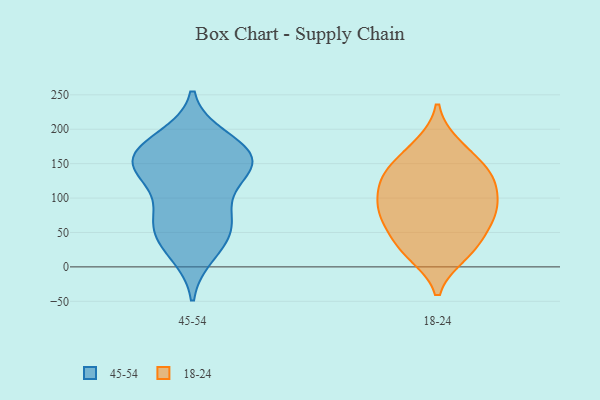
{"axis": {"x": "Churn Rate (%)", "y": "Value"}, "legend": ["18-24", "45-54"], "data": [{"x": "", "y": 73, "type": "45-54"}, {"x": "", "y": 20, "type": "45-54"}, {"x": "", "y": 160, "type": "45-54"}, {"x": "", "y": 154, "type": "45-54"}, {"x": "", "y": 133, "type": "45-54"}, {"x": "", "y": 165, "type": "45-54"}, {"x": "", "y": 176, "type": "45-54"}, {"x": "", "y": 139, "type": "45-54"}, {"x": "", "y": 133, "type": "45-54"}, {"x": "", "y": 159, "type": "45-54"}, {"x": "", "y": 81, "type": "45-54"}, {"x": "", "y": 186, "type": "45-54"}, {"x": "", "y": 60, "type": "45-54"}, {"x": "", "y": 33, "type": "45-54"}, {"x": "", "y": 53, "type": "45-54"}, {"x": "", "y": 127, "type": "18-24"}, {"x": "", "y": 82, "type": "18-24"}, {"x": "", "y": 142, "type": "18-24"}, {"x": "", "y": 18, "type": "18-24"}, {"x": "", "y": 88, "type": "18-24"}, {"x": "", "y": 130, "type": "18-24"}, {"x": "", "y": 102, "type": "18-24"}, {"x": "", "y": 97, "type": "18-24"}, {"x": "", "y": 27, "type": "18-24"}, {"x": "", "y": 20, "type": "18-24"}, {"x": "", "y": 177, "type": "18-24"}, {"x": "", "y": 72, "type": "18-24"}, {"x": "", "y": 61, "type": "18-24"}, {"x": "", "y": 41, "type": "18-24"}, {"x": "", "y": 172, "type": "18-24"}, {"x": "", "y": 134, "type": "18-24"}, {"x": "", "y": 72, "type": "18-24"}, {"x": "", "y": 135, "type": "18-24"}]}